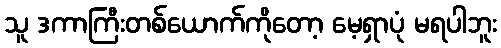
သူ ဒကာကြီးတစ်ယောက်ကိုတော့ မေ့ရှာပုံ မရပါဘူး